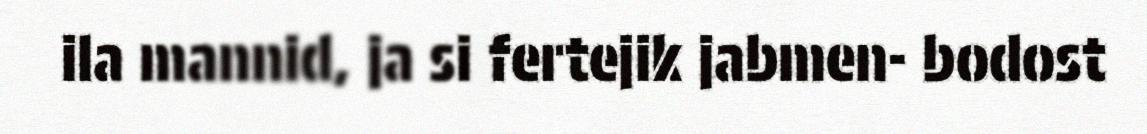
ila mannid, ja si fertejik jabmen- bodost